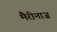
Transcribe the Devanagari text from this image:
मैरीनाज़